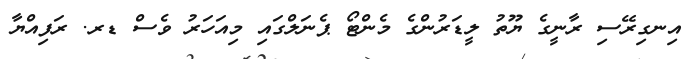
އިނގިރޭސި ރާނީގެ ޔޫތު ލީޑަރުންގެ މެންޓޯ ޕެނަލްގައި މިއަހަރު ވެސް ޑރ. ރަފިއްޔާ